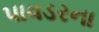
પાવડરના